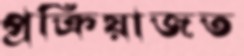
প্রক্রিয়াজত